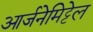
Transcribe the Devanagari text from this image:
आर्जनेमिट्टेल